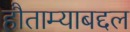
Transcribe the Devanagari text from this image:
हौताम्याबद्दल